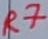
Text: R7